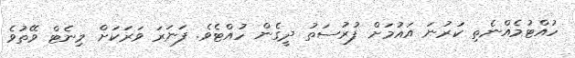
ހުއްޓުމެއްނެތި ކަރުނަ އައުމަށް ފުރުސަތު ދީގެން ހުއްޓެވެ. ފަނަރަ ވަރަކަށް މިނެޓް ވޭތުވެ